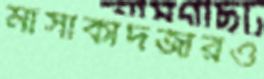
মাসাকাদজারও